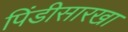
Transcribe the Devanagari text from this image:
पिंडीसारखा